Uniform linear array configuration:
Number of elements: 24
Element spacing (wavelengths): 0.5
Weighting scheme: hamming
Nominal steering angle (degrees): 0
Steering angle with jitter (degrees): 0.02257
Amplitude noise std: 0.05
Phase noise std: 0.05

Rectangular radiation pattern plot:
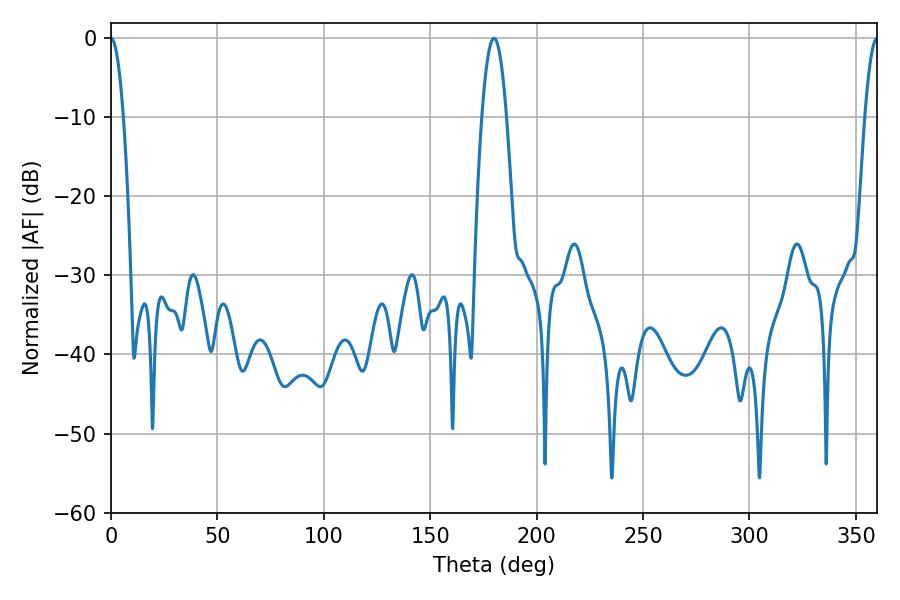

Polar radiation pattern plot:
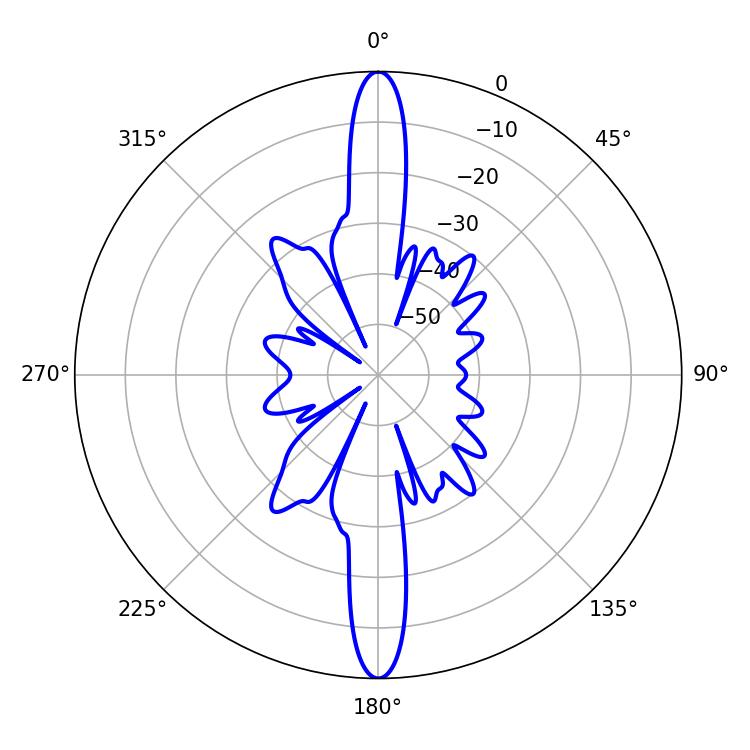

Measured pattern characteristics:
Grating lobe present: FALSE
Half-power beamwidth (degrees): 6.48
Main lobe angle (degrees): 180